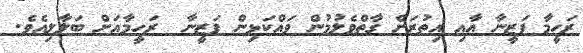
ރަހީމާ ފަޒީނާ އާއި އިތުރަށް ގާތްވެލުމުން ވައްކަޅިން ފަޒީނާ  ރަހީމާއަށް ބަލާލިއެވެ.